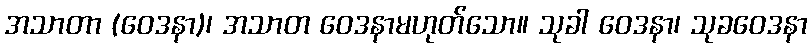
အသာတာ (ဝေဒနာ)၊ အသာတ ဝေဒနာမဟုတ်သော။ သုခါ ဝေဒနာ၊ သုခဝေဒနာ